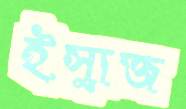
ইস্যুজ